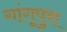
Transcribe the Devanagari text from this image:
गांगूपुरा